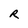
Character: R